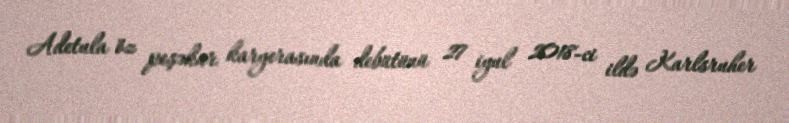
Adetula öz peşəkar karyerasında debütünü 27 iyul 2018-ci ildə Karlsruher